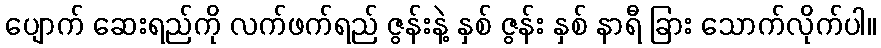
ပျောက် ဆေးရည်ကို လက်ဖက်ရည် ဇွန်းနဲ့ နှစ် ဇွန်း နှစ် နာရီ ခြား သောက်လိုက်ပါ။